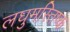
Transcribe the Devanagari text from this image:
लघुमस्तिष्क